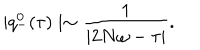
\mid q _ { - } ^ { 0 } ( \tau ) \mid \sim \frac { 1 } { \mid 2 N \omega - \tau \mid } .